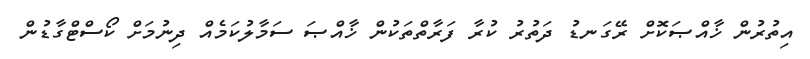
އިތުރުން ޚާއްޞަކޮށް ރޭގަނޑު ދަތުރު ކުރާ ފަރާތްތަކުން ޚާއްޞަ ސަމާލުކަމެއް ދިނުމަށް ކޯސްޓްގާޑުން